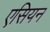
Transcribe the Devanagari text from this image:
एसियन